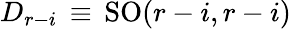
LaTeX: D_{r-i}\, \equiv\, \mathrm{SO}(r-i,r-i)